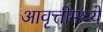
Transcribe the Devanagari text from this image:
आवृत्तीमध्यें